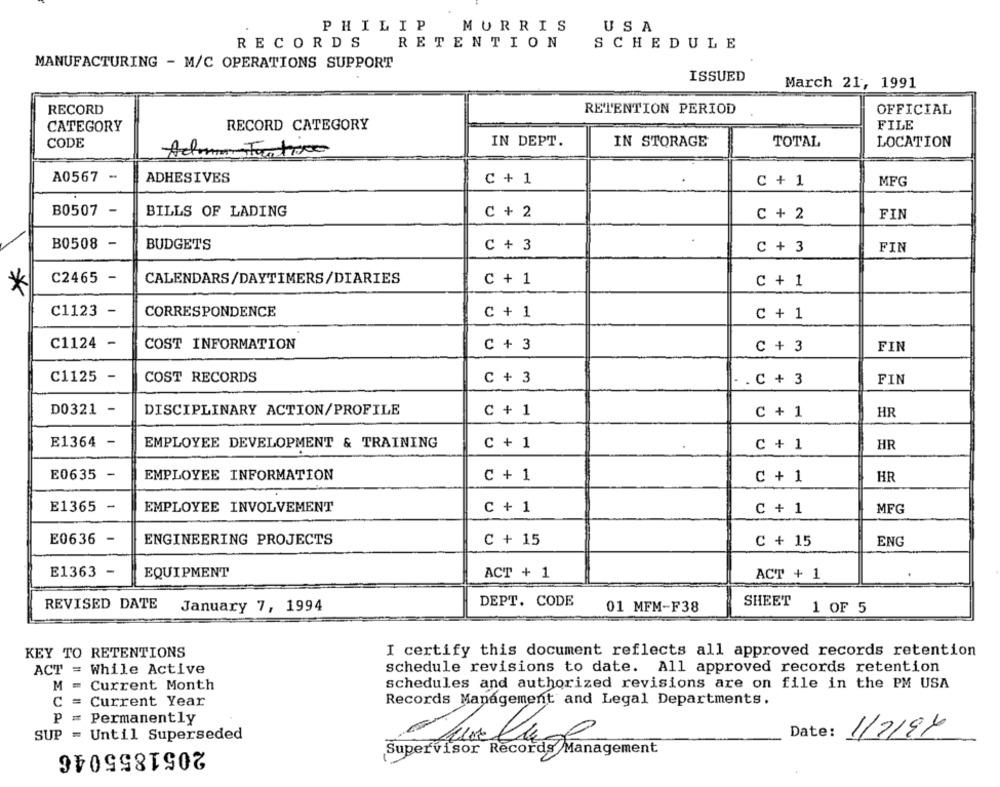
PHILIP
MURRIS
USA
RECORDS
RETENTION
SCHEDULE
MANUFACTURING - M/C OPERATIONS SUPPORT
ISSUED
March 21, 1991
RECORD
RETENTION PERIOD
OFFICIAL
RECORD CATEGORY
FILE
CATEGORY
IN DEPT.
IN STORAGE
TOTAL
LOCATION
CODE
Adminstantivo
A0567 -
ADHESIVES
C + 1
MFG
C + 1
B0507
BILLS OF LADING
C + 2
C + 2
FIN
B0508 -
BUDGETS
C + 3
C + 3
FIN
C2465 -
CALENDARS/DAYTIMERS/DIARIES
c + 1
C + 1
*
C1123 -
CORRESPONDENCE
C + 1
C + 1
C1124 -
COST INFORMATION
C + 3
C + 3
FIN
C1125 -
COST RECORDS
C + 3
.C + 3
FIN
D0321 -
DISCIPLINARY ACTION/PROFILE
C + 1
C + 1
HR
E1364 -
EMPLOYEE DEVELOPMENT & TRAINING
C + 1
C + 1
HR
E0635 -
EMPLOYEE INFORMATION
C + 1
C + 1
HR
E1365 -
EMPLOYEE INVOLVEMENT
C + 1
C + 1
MFG
E0636
ENGINEERING PROJECTS
C + 15
C + 15
ENG
E1363 -
EQUIPMENT
ACT + 1
ACT + 1
REVISED DATE
January 7, 1994
DEPT. CODE
SHEET
01 MFM-F38
1 OF 5
KEY TO RETENTIONS
I certify this document reflects all approved records retention
ACT = While Active
schedule revisions to date. All approved records retention
M
Current Month
schedules and authorized revisions are on file in the PM USA
C = Current Year
Records Management and Legal Departments.
p
Permanently
1/2/94
SUP = Until Superseded
Date:
2051855046
Supervisor Records Management